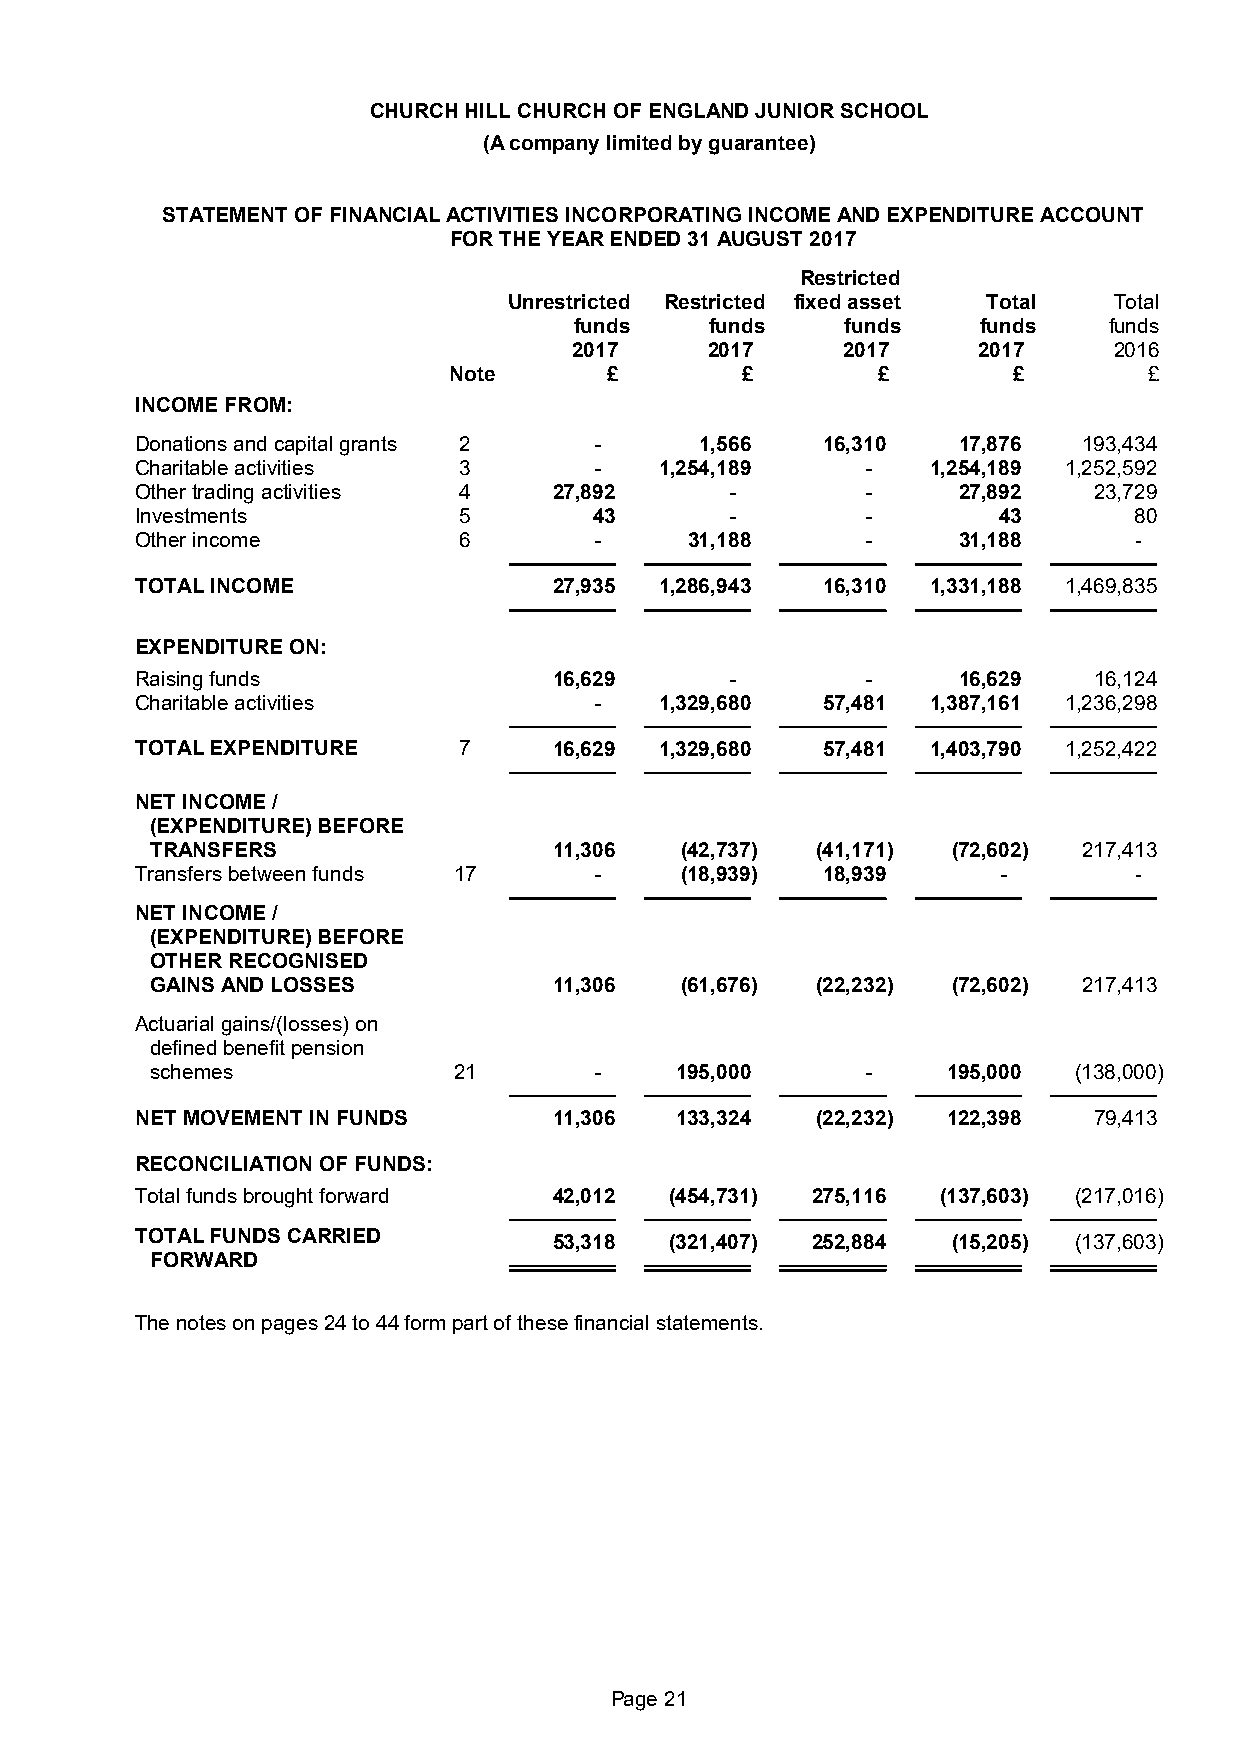
CHURCH HILL CHURCH OF ENGLAND JUNIOR SCHOOL
 (A company limited by guarantee)
 STATEMENT OF FINANCIAL ACTIVITIES INCORPORATING INCOME AND EXPENDITURE ACCOUNT
 FOR THE YEAR ENDED 31 AUGUST 2017
 Restricted
 Unrestricted Restricted fixed asset Total Total
 funds    funds    funds    funds   funds
 2017     2017     2017     2017     2016
 Note      £        £        £        £        £
 INCOME FROM:
 Donations and capital grants 2 -     1,566   16,310   17,876   193,434
 Charitable activities 3       -    1,254,189    -    1,254,189 1,252,592
 Other trading activities 4  27,892     -        -     27,892   23,729
 Investments          5        43       -        -        43       80
 Other income         6        -      31,188     -     31,188      -
 TOTAL INCOME                27,935 1,286,943 16,310  1,331,188 1,469,835
 EXPENDITURE ON:
 Raising funds               16,629     -        -     16,629   16,124
 Charitable activities         -    1,329,680 57,481  1,387,161 1,236,298
 TOTAL EXPENDITURE    7      16,629 1,329,680 57,481  1,403,790 1,252,422
 NET INCOME /
 (EXPENDITURE) BEFORE
 TRANSFERS                  11,306  (42,737) (41,171) (72,602) 217,413
 Transfers between funds 17    -     (18,939) 18,939      -        -
 NET INCOME /
 (EXPENDITURE) BEFORE
 OTHER RECOGNISED
 GAINS AND LOSSES           11,306  (61,676) (22,232) (72,602) 217,413
 Actuarial gains/(losses) on
 defined benefit pension
 schemes             21       -     195,000     -     195,000 (138,000)
 NET MOVEMENT IN FUNDS       11,306  133,324  (22,232) 122,398  79,413
 RECONCILIATION OF FUNDS:
 Total funds brought forward 42,012 (454,731) 275,116 (137,603) (217,016)
 TOTAL FUNDS CARRIED         53,318 (321,407) 252,884  (15,205) (137,603)
 FORWARD
 The notes on pages 24 to 44 form part of these financial statements.
 Page 21